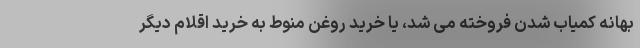
بهانه کمیاب شدن فروخته می شد، یا خرید روغن منوط به خرید اقلام دیگر